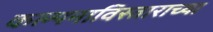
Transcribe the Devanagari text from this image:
कल्पनाविस्ताराच्या